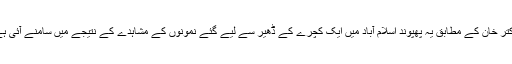
ڈاکتر خان کے مطابق یہ پھپوند اسلام آباد میں ایک کچرے کے ڈھیر سے لیے گئے نمونوں کے مشاہدے کے نتیجے میں سامنے آئی ہے۔